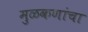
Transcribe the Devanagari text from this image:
मुळकणांचा